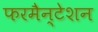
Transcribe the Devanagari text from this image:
फरमैन्टेशन